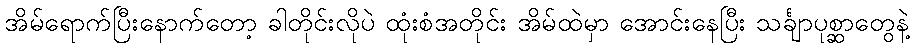
အိမ်ရောက်ပြီးနောက်တော့ ခါတိုင်းလိုပဲ ထုံးစံအတိုင်း အိမ်ထဲမှာ အောင်းနေပြီး သင်္ချာပုစ္ဆာတွေနဲ့